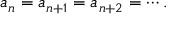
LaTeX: a _ { n } = a _ { n + 1 } = a _ { n + 2 } = \cdots .